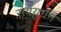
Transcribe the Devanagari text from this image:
सर्वयुगम